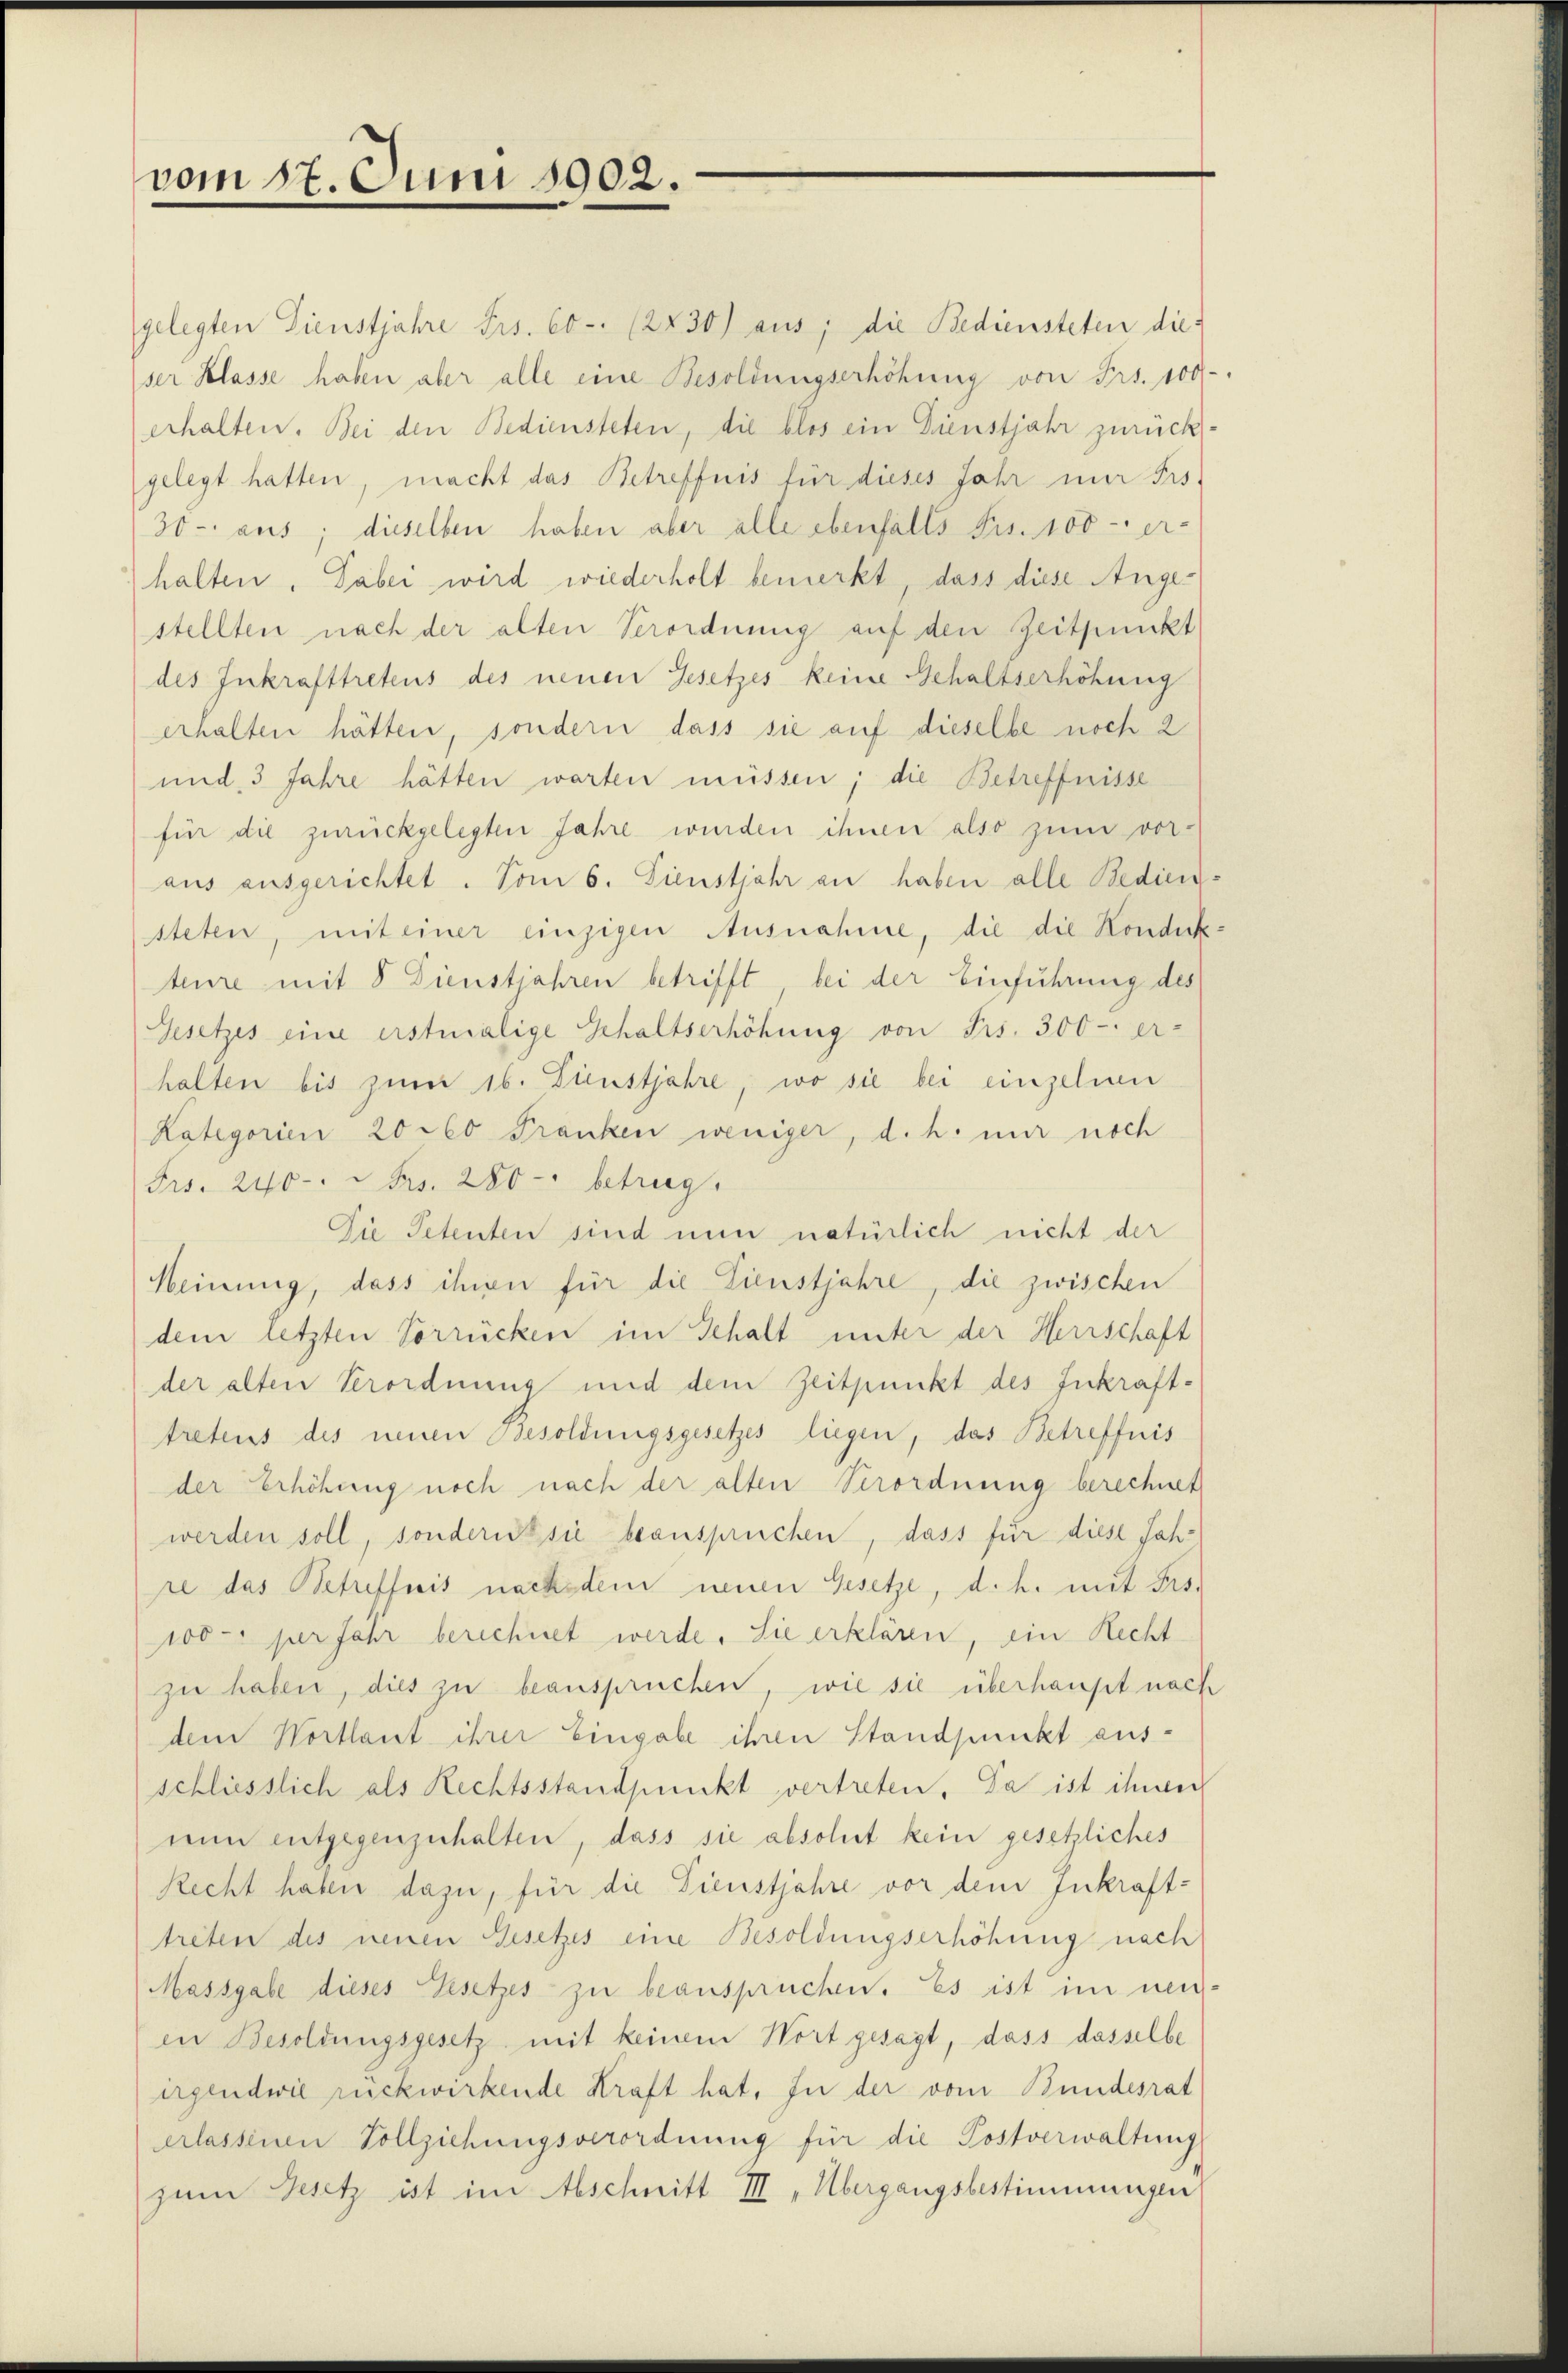
vom 17. Juni 1902.

gelegten Dienstjahre Frs. 60 (2830) aus; die Bediensteten die
ser Klasse haben aber alle eine Besoldungserhöhung von Frs. 100-
erhalten. Bei den Bediensteten, die blos ein Dienstjahr zurückgelegt hatten, macht das Betreffnis für dieses Jahr mir Frs-
30- aus; dieselben haben aber alle ebenfalls Frs. 100 - er-
halten. Dabei wird wiederholt bemerkt, dass diese Angestellten nach der alten Verordnung auf den Zeitpunkt
des Inkrafttretens des neuen Gesetzes keine Gehaltserhöhung
erhalten hätten, sondern dass sie auf dieselbe noch 2
und 3 Jahre hätten warten müssen; die Betreffnisse
für die zurückgelegten Jahre wieden ihnen also zum vor-
aus ausgerichtet. Vom 6. Dienstjahr an haben alle Bediensteten, mit einer einzigen Ausnahme, die die Kondukteire mit 8 Dienstjahren betrifft, bei der Einführung des
Gesetzes eine erstmalige Gehaltserhöhung von Frs. 300 - er-
halten bis zum 16. Dienstjahre, wo sie bei einzelnen
Kategorien 20 000 Franken weniger, d. h. mir noch
Frs. 240. Frs. 280 - betrug.
Die Petenten sind nun natürlich nicht der
Meinung, dass ihren für die Tienstjahre, die zwischen
dem letzten Vorrücken im Gehalt unter der Herrschaft
der alten Verordnung und dem Zeitpunkt des Inkrafttretens des neuen Besoldungsgesetzes liegen, das Betreffnis
der Erhöhung noch nach der alten Verordnung berechnet
werden soll, sondern sie beanspruchen, dass für diese Jahre das Betreffnis nachdem neuen Gesetze, d. h. mit Pro¬
100 perfahr berechnet werde. Sie erklären, ein Recht
zu haben, dies zu beanspruchen, wie sie überhaupt nach
dem Wortlaut ihrer Eingabe ihren Standpunkt ausschliesslich als Rechtsstandpunkt vertreten. Da ist ihnen
nun entgegenzuhalten, dass sie absolut kein gesetzliches
Recht haben dazu, für die Dienstjahre vor dem Inkraft-
treten des neuen Gesetzes eine Besoldungserhöhung nach
Massgabe dieses Gesetzes zu beanspruchen. Es ist im neu-
en Besoldungsgesetz mit keinem Wort gesagt, dass dasselbe
irgendwie rückwirkende Kraft hat. In der vom Bundesrat
erlassenen Vollziehungsverordnung für die Postverwaltung
zum Gesetz ist im Abschnitt III „Übergangsbestimmungen